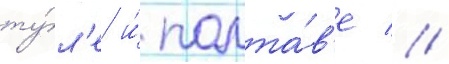
ту́л'е и́ полта́в'е //